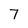
Character: 7